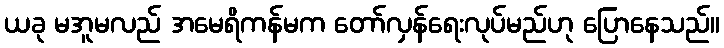
ယခု မအူမလည် အမေရိကန်မက တော်လှန်ရေးလုပ်မည်ဟု ပြောနေသည်။